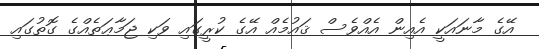
އޭގެ މާނައަކީ އެއިން އެއްވެސް ޤައުމެއް އޭގެ ކުރީގައި ވަކި ޖަމާޢަތެއްގެ ގޮތުގައި